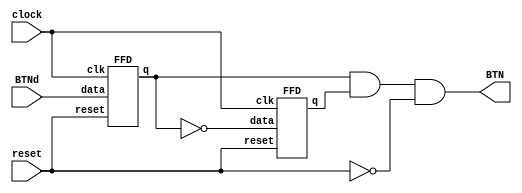
`timescale 1ns / 1ps
//////////////////////////////////////////////////////////////////////////////////
// Company:
// Engineer:
//
// Design Name:
// Module Name:    diezns
// Project Name:
// Target Devices:
// Tool versions:
// Description:
//
// Dependencies:
//
// Revision:
// Revision 0.01 - File Created
// Additional Comments:
//
//////////////////////////////////////////////////////////////////////////////////
module diezns(
		input clock,
		input reset,
		input BTNd,
		output BTN

      );

FFD DF1(BTNd,clock,reset,BTN1);
not(BTN1n,BTN1);
FFD DF2(BTN1n,clock,reset,BTN2);
and(BTN,BTN1,BTN2,~reset);


endmodule

module FFD (
data   , // Data Input
clk    , // Clock Input
reset  , // Reset input
q        // Q output
);
//-----------Input Ports---------------
input data, clk, reset ;

//-----------Output Ports---------------
output q;

//------------Internal Variables--------
reg q;

//-------------Code Starts Here---------
always @ ( posedge clk)
if (reset) begin
  q <= 1'b0;
end  else begin
  q <= data;
end

endmodule //End Of Module dff_sync_reset